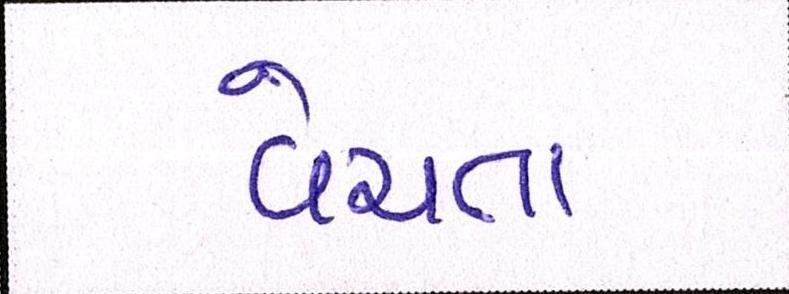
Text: વેચતા